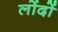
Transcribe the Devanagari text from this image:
लोंदों